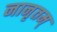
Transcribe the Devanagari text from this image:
नानृतम्